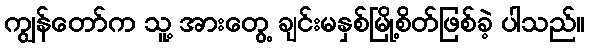
ကျွန်တော်က သူ့ အားတွေ့ ချင်းမနှစ်မြို့စိတ်ဖြစ်ခဲ့ ပါသည်။